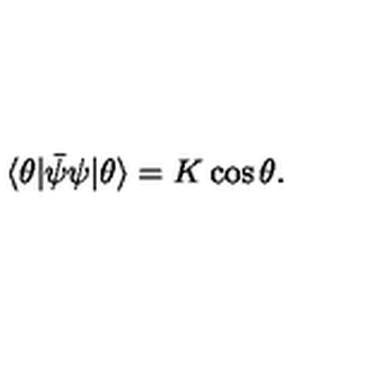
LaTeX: \langle \theta | \bar { \psi } \psi | \theta \rangle = K \cos \theta .